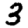
Digit: 3